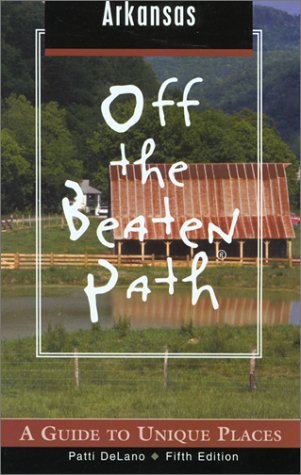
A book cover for Arkansas Off the Beaten Path, 5th: A Guide to Unique Places (Off the Beaten Path Series); Patti DeLano; Travel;